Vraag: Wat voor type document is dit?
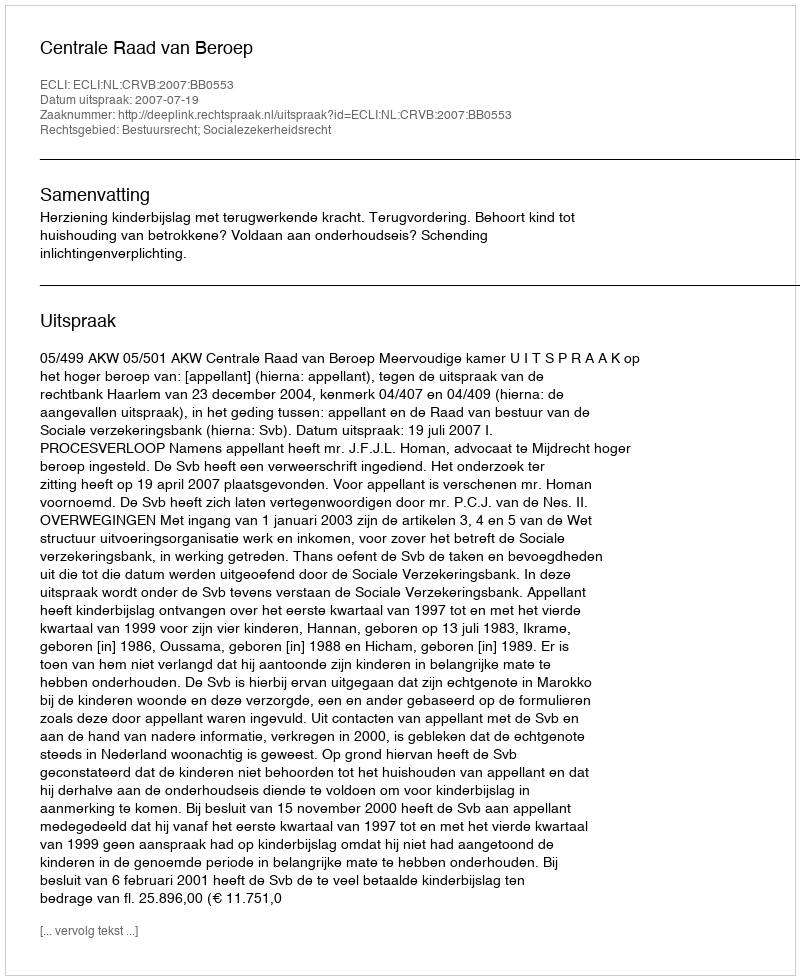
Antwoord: Uitspraak